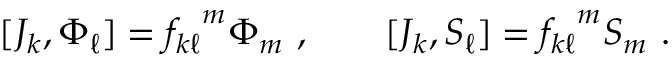
[ J _ { k } , \Phi _ { \ell } ] = { f _ { k \ell } } ^ { m } \Phi _ { m } ~ , ~ ~ ~ ~ ~ ~ [ J _ { k } , S _ { \ell } ] = { f _ { k \ell } } ^ { m } S _ { m } ~ .